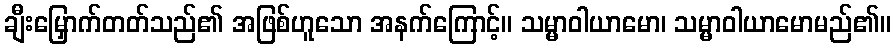
ချီးမြှောက်တတ်သည်၏ အဖြစ်ဟူသော အနက်ကြောင့်။ သမ္မာဝါယာမော၊ သမ္မာဝါယာမောမည်၏။